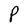
Character: P